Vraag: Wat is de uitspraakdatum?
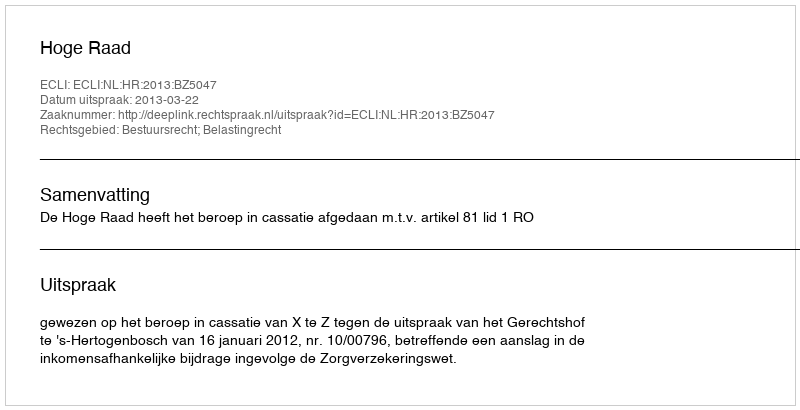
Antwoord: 2013-03-22